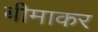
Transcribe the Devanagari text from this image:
बीमाकर